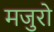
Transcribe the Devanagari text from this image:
मजुरो